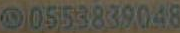
00553839048